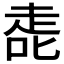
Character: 𰈀